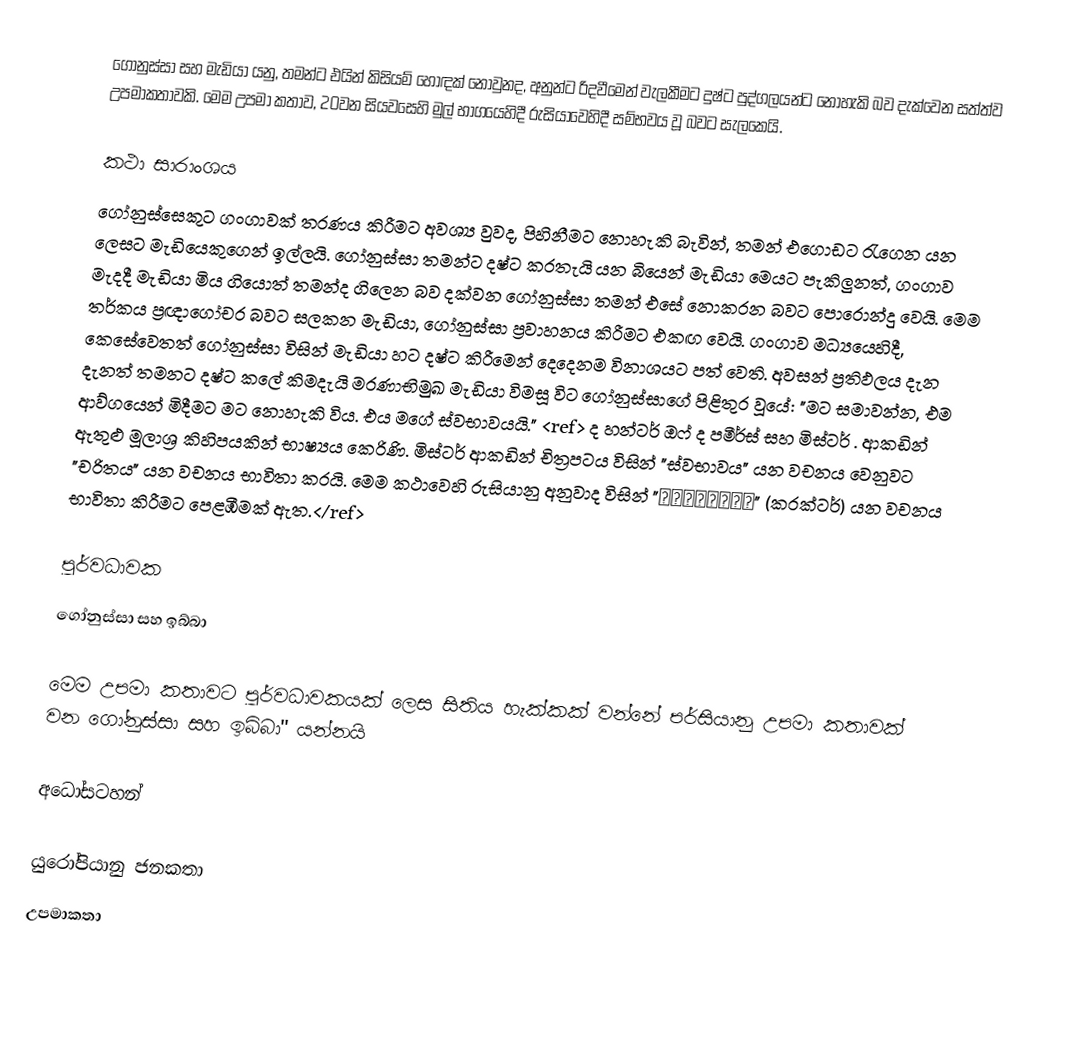
ගෝනුස්සා සහ මැඩියා යනු, තමන්ට එයින් කිසියම් හොඳක් නොවුනද, අනුන්ට රිදවීමෙන් වැලකීමට දුෂ්ට පුද්ගලයන්ට නොහැකි බව දැක්වෙන සත්ත්ව උපමාකතාවකි. මෙම උපමා කතාව, 20වන සියවසෙහි මුල් භාගයෙහිදී රුසියාවෙහිදී සම්භවය වූ බවට සැලකෙයි.

කථා සාරාංශය
ගෝනුස්සෙකුට ගංගාවක් තරණය කිරීමට අවශ්‍ය වුවද, පිහිනීමට නොහැකි බැවින්, තමන් එගොඩට රැගෙන යන ලෙසට මැඩියෙකුගෙන් ඉල්ලයි. ගෝනුස්සා තමන්ට දෂ්ට කරතැයි යන බියෙන් මැඩියා මෙයට පැකිලුනත්, ගංගාව මැදදී මැඩියා මිය ගියොත් තමන්ද ගිලෙන බව දක්වන ගෝනුස්සා තමන් එසේ නොකරන බවට පොරොන්දු වෙයි. මෙම තර්කය ප්‍රඥාගෝචර බවට සලකන මැඩියා, ගෝනුස්සා ප්‍රවාහනය කිරීමට එකඟ වෙයි. ගංගාව මධ්‍යයෙහිදී, කෙසේවෙතත් ගෝනුස්සා විසින් මැඩියා හට දෂ්ට කිරීමෙන් දෙදෙනම විනාශයට පත් වෙති. අවසන් ප්‍රතිඵලය දැන දැනත් තමනට දෂ්ට කලේ කිමදැයි මරණාභිමුඛ මැඩියා විමසූ විට ගෝනුස්සාගේ පිළිතුර වූයේ: "මට සමාවන්න, එම ආව්ගයෙන් මිදීමට මට නොහැකි විය. එය මගේ ස්වභාවයයි." <ref> ද හන්ටර් ඔෆ් ද පමීර්ස් සහ මිස්ටර් . ආකඩින් ඇතුළු මූලාශ්‍ර කිහිපයකින් භාෂ්‍යය කෙරිණි.  මිස්ටර් ආකඩින් චිත්‍රපටය විසින් "ස්වභාවය" යන වචනය වෙනුවට "චරිතය" යන වචනය භාවිතා කරයි. මෙම කථාවෙහි රුසියානු අනුවාද විසින් "характер" (කරක්ටර්) යන වචනය භාවිතා කිරීමට පෙළඹීමක් ඇත.</ref>

 පූර්වධාවක
ගෝනුස්සා සහ ඉබ්බා

මෙම උපමා කතාවට පූර්වධාවකයක් ලෙස සිතිය හැක්කක් වන්නේ පර්සියානු උපමා කතාවක් වන ගෝනුස්සා සහ ඉබ්බා'' යන්නයි

අධෝසටහන්

යුරෝපියානු ජනකතා
උපමාකතා